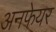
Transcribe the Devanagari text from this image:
अनफेयर